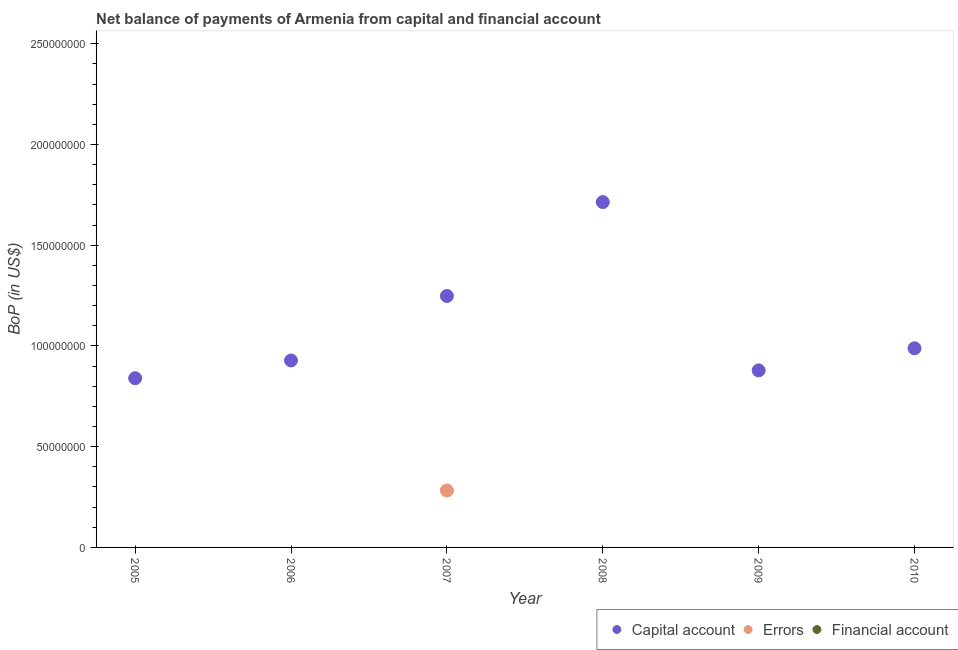
| Year | Capital account | Errors | Financial account |
 | --- | --- | --- | --- |
 | 2005 | 8.4e+07 | -1.63e+08 | -2.03e+08 |
 | 2006 | 9.28e+07 | -1.28e+08 | -1.88e+08 |
 | 2007 | 1.25e+08 | 2.83e+07 | -5.24e+08 |
 | 2008 | 1.71e+08 | -4.14e+07 | -1.53e+09 |
 | 2009 | 8.79e+07 | -1.02e+08 | -1.44e+09 |
 | 2010 | 9.89e+07 | -1.56e+08 | -1.32e+09 |